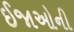
ઈજાઓની